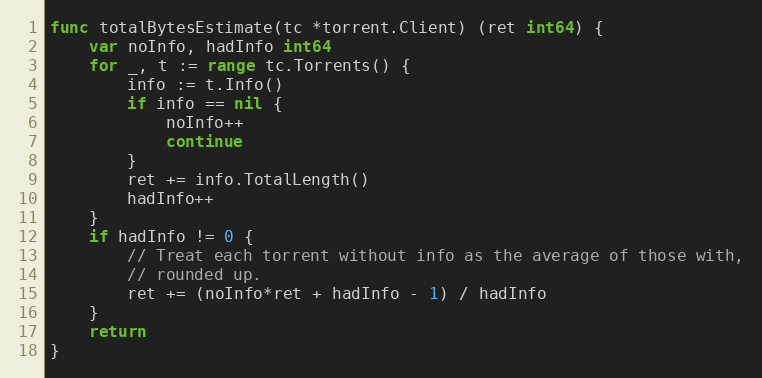
Language: Go
func totalBytesEstimate(tc *torrent.Client) (ret int64) {
	var noInfo, hadInfo int64
	for _, t := range tc.Torrents() {
		info := t.Info()
		if info == nil {
			noInfo++
			continue
		}
		ret += info.TotalLength()
		hadInfo++
	}
	if hadInfo != 0 {
		// Treat each torrent without info as the average of those with,
		// rounded up.
		ret += (noInfo*ret + hadInfo - 1) / hadInfo
	}
	return
}